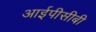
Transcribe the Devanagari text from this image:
आईपीसीबी